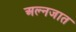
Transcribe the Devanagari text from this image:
अल्नजात